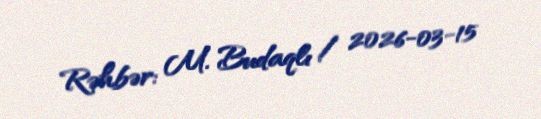
Rəhbər: M. Budaqlı / 2026-03-15